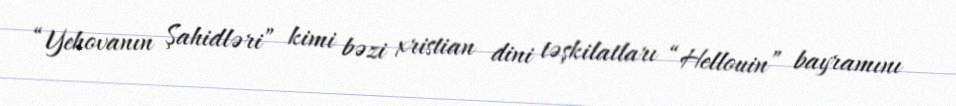
“Yehovanın Şahidləri” kimi bəzi xristian dini təşkilatları “Hellouin” bayramını